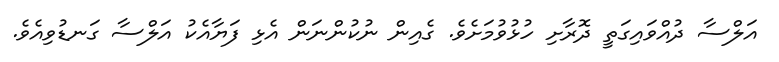
އަލްސާ ދުއްވައިގަތީ ދޮރާށި ހުޅުވުމަށެވެ. ގެއިން ނުކުންނަން އެޅި ފަޔާއެކު އަލްސާ ގަނޑުވިއެވެ.